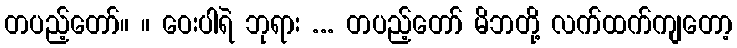
တပည့်တော်။ ။ ဝေးပါရဲ ဘုရား ... တပည့်တော် မိဘတို့ လက်ထက်ကျတော့